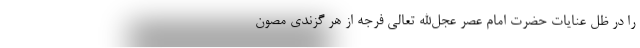
را در ظل عنایات حضرت امام عصر عجل‌الله تعالی فرجه از هر گزندی مصون